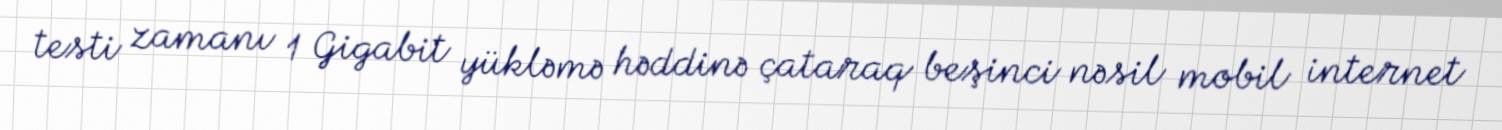
testi zamanı 1 Gigabit yükləmə həddinə çataraq beşinci nəsil mobil internet